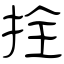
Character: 拴